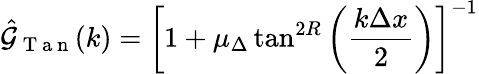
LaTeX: \hat{\mathcal{G}}_{\mathrm{~T~a~n~}}(k)=\left[1+\mu_{\Delta}\tan^{2R}\left(\frac{k\Delta x}{2}\right)\right]^{-1}